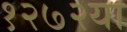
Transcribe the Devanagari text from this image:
१२७२या